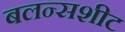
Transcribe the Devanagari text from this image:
बलन्सशीट